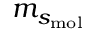
m _ { s _ { \mathrm { m o l } } }